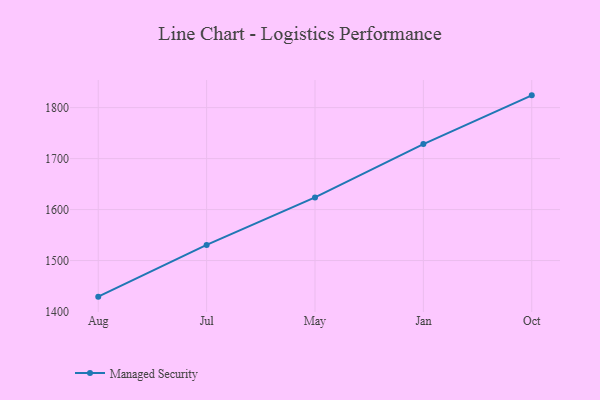
{"axis": {"x": "Month", "y": "Gross Profit (USD K)"}, "legend": ["Managed Security"], "data": [{"x": "Aug", "y": 1429.2, "type": "Managed Security"}, {"x": "Jul", "y": 1530.7, "type": "Managed Security"}, {"x": "May", "y": 1623.9, "type": "Managed Security"}, {"x": "Jan", "y": 1728.6, "type": "Managed Security"}, {"x": "Oct", "y": 1824.1, "type": "Managed Security"}]}